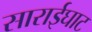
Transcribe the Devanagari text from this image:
साराईघाट